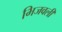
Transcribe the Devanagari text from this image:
भिजवली